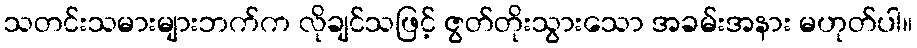
သတင်းသမားများဘက်က လိုချင်သဖြင့် ဇွတ်တိုးသွားသော အခမ်းအနား မဟုတ်ပါ။